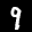
Label: 9